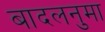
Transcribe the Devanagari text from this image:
बादलनुमा